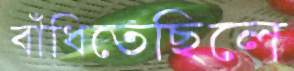
বাঁধিতেছিলে